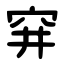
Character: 穽